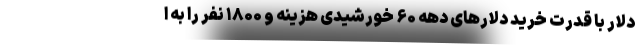
دلار با قدرت خرید دلارهای دهه ۶۰ خورشیدی هزینه و ۱۸۰۰ نفر را به ا